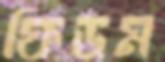
ফিডম